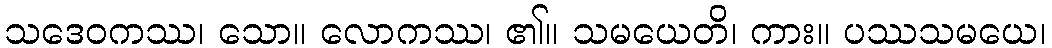
သဒေဝကဿ၊ သော။ လောကဿ၊ ၏။ သမယေတိ၊ ကား။ ပဿသမယေ၊